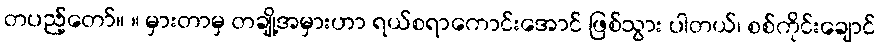
တပည့်တော်။ ။ မှားတာမှ တချို့အမှားဟာ ရယ်စရာကောင်းအောင် ဖြစ်သွား ပါတယ်၊ စစ်ကိုင်းချောင်